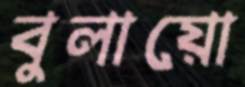
বুলায়ো